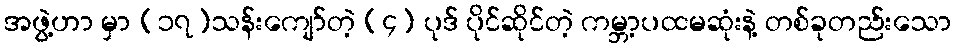
အဖွဲ့ဟာ မှာ (၁၇)သန်းကျော်တဲ့ (၄) ပုဒ် ပိုင်ဆိုင်တဲ့ ကမ္ဘာ့ပထမဆုံးနဲ့ တစ်ခုတည်းသော